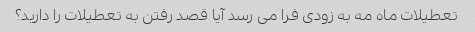
تعطیلات ماه مه به زودی فرا می رسد آیا قصد رفتن به تعطیلات را دارید؟